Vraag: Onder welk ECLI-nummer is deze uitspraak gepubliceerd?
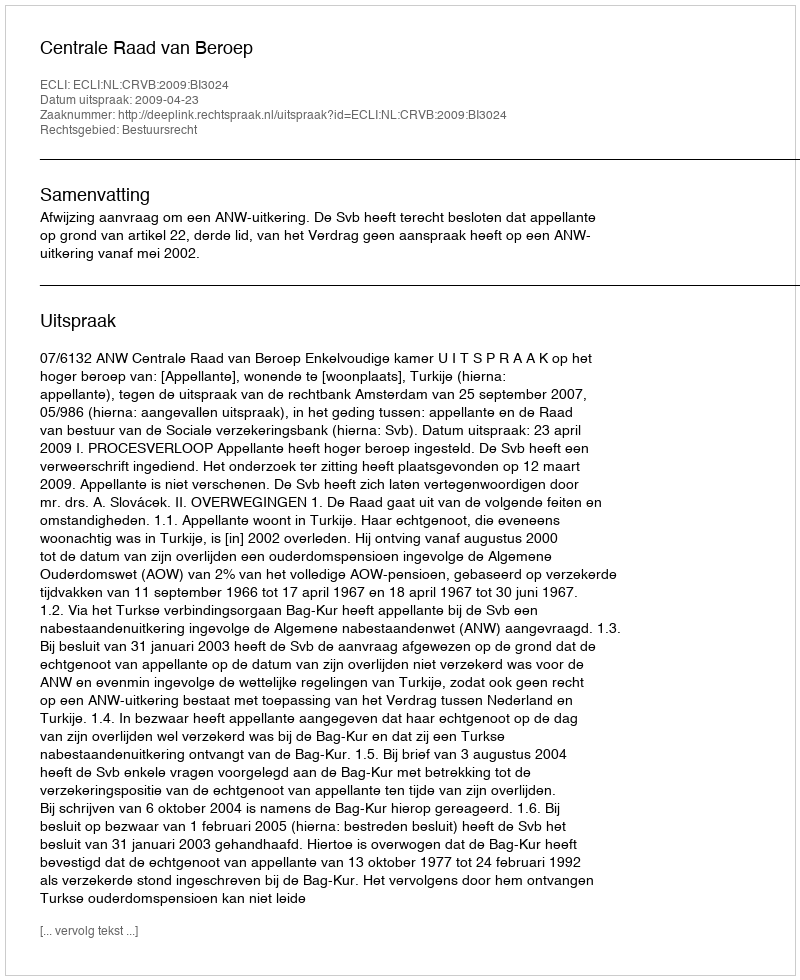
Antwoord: ECLI:NL:CRVB:2009:BI3024